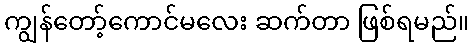
ကျွန်တော့်ကောင်မလေး ဆက်တာ ဖြစ်ရမည်။